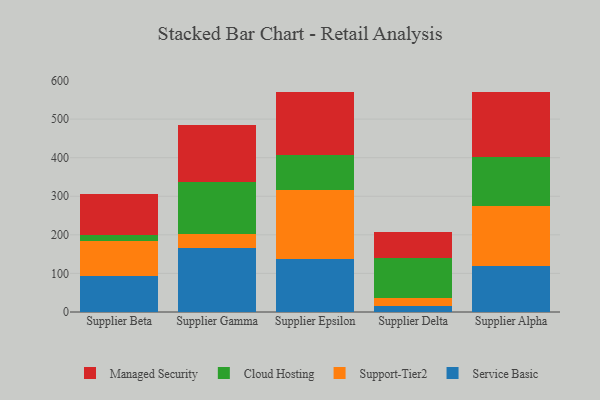
{"axis": {"x": "Supplier", "y": "Active Users"}, "legend": ["Cloud Hosting", "Managed Security", "Service Basic", "Support-Tier2"], "data": [{"x": "Supplier Beta", "y": 93.5, "type": "Service Basic"}, {"x": "Supplier Beta", "y": 90.6, "type": "Support-Tier2"}, {"x": "Supplier Beta", "y": 15.6, "type": "Cloud Hosting"}, {"x": "Supplier Beta", "y": 105.0, "type": "Managed Security"}, {"x": "Supplier Gamma", "y": 167.2, "type": "Service Basic"}, {"x": "Supplier Gamma", "y": 34.7, "type": "Support-Tier2"}, {"x": "Supplier Gamma", "y": 136.0, "type": "Cloud Hosting"}, {"x": "Supplier Gamma", "y": 147.3, "type": "Managed Security"}, {"x": "Supplier Epsilon", "y": 137.4, "type": "Service Basic"}, {"x": "Supplier Epsilon", "y": 179.9, "type": "Support-Tier2"}, {"x": "Supplier Epsilon", "y": 89.4, "type": "Cloud Hosting"}, {"x": "Supplier Epsilon", "y": 164.6, "type": "Managed Security"}, {"x": "Supplier Delta", "y": 16.3, "type": "Service Basic"}, {"x": "Supplier Delta", "y": 19.9, "type": "Support-Tier2"}, {"x": "Supplier Delta", "y": 104.0, "type": "Cloud Hosting"}, {"x": "Supplier Delta", "y": 66.5, "type": "Managed Security"}, {"x": "Supplier Alpha", "y": 119.1, "type": "Service Basic"}, {"x": "Supplier Alpha", "y": 155.9, "type": "Support-Tier2"}, {"x": "Supplier Alpha", "y": 125.9, "type": "Cloud Hosting"}, {"x": "Supplier Alpha", "y": 169.7, "type": "Managed Security"}]}